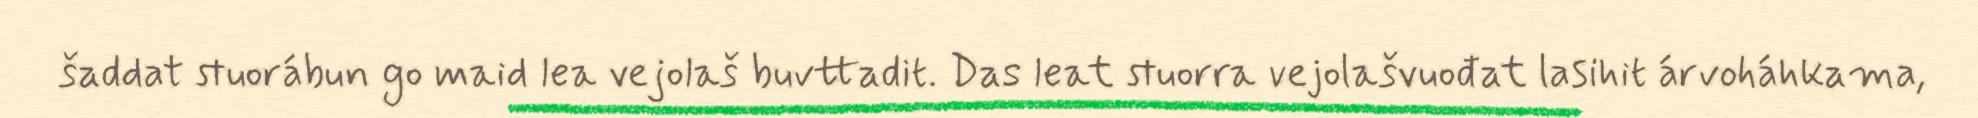
šaddat stuorábun go maid lea vejolaš buvttadit. Das leat stuorra vejolašvuođat lasihit árvoháhkama,